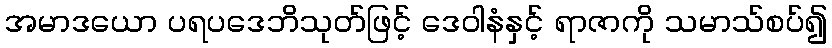
အမာဒယော ပရပဒေဘိသုတ်ဖြင့် ဒေဝါနံနှင့် ရာဇာကို သမာသ်စပ်၍